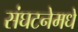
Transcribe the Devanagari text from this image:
संघटनेमधे